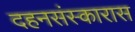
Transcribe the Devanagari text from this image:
दहनसंस्कारास